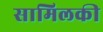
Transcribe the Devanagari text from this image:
सामिलकी